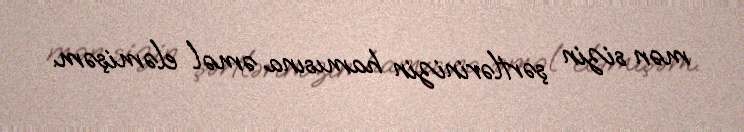
mən sizin şərtlərinizin hamısına əməl eləmişəm.